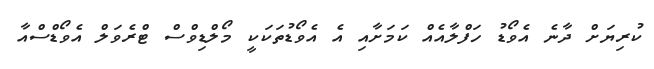
ކުރިޔަށް ދާނެ އެވޯޑު ހަފްލާއެއް ކަމަށާއި އެ އެވޯޑުތަކަކީ މޯލްޑިވްސް ޓްރެވަލް އެވޯޑްސްއާ